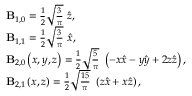
\begin{array} { r l } & { \mathbf { B } _ { 1 , 0 } = \frac { 1 } { 2 } \sqrt { \frac { 3 } { \pi } } \ \boldsymbol { \hat { z } } , } \\ & { \mathbf { B } _ { 1 , 1 } = \frac { 1 } { 2 } \sqrt { \frac { 3 } { \pi } } \ \boldsymbol { \hat { x } } , } \\ & { \mathbf { B } _ { 2 , 0 } \left( x , y , z \right) = \frac { 1 } { 2 } \sqrt { \frac { 5 } { \pi } } \ \left( - x \boldsymbol { \hat { x } } - y \boldsymbol { \hat { y } } + 2 z \boldsymbol { \hat { z } } \right) , } \\ & { \mathbf { B } _ { 2 , 1 } \left( x , z \right) = \frac { 1 } { 2 } \sqrt { \frac { 1 5 } { \pi } } \ \left( z \boldsymbol { \hat { x } } + x \boldsymbol { \hat { z } } \right) , } \end{array}